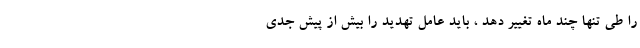
را طی تنها چند ماه تغییر دهد ، باید عامل تهدید را بیش از پیش جدی